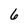
Character: 6